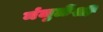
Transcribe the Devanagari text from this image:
मंजुळेंशी